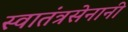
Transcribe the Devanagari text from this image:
स्वातंत्रसेनानी